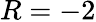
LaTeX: R=-2